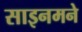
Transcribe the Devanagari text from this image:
साइनमने